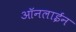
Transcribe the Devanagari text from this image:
आॅनलाईन